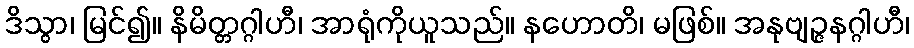
ဒိသွာ၊ မြင်၍။ နိမိတ္တဂ္ဂါဟီ၊ အာရုံကိုယူသည်။ နဟောတိ၊ မဖြစ်။ အနုဗျဉ္ဇနဂ္ဂါဟီ၊